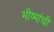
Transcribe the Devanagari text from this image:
भीष्मांची